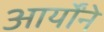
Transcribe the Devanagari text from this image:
आर्योंने